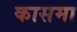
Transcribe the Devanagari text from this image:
कासमा